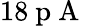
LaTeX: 18\mathrm{~p~A~}